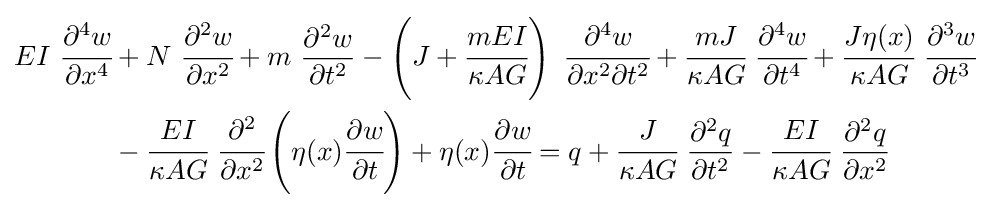
{\begin{aligned}EI~{\cfrac {\partial ^{4}w}{\partial x^{4}}}&+N~{\cfrac {\partial ^{2}w}{\partial x^{2}}}+m~{\frac {\partial ^{2}w}{\partial t^{2}}}-\left(J+{\cfrac {mEI}{\kappa AG}}\right)~{\cfrac {\partial ^{4}w}{\partial x^{2}\partial t^{2}}}+{\cfrac {mJ}{\kappa AG}}~{\cfrac {\partial ^{4}w}{\partial t^{4}}}+{\cfrac {J\eta (x)}{\kappa AG}}~{\cfrac {\partial ^{3}w}{\partial t^{3}}}\\&-{\cfrac {EI}{\kappa AG}}~{\cfrac {\partial ^{2}}{\partial x^{2}}}\left(\eta (x){\cfrac {\partial w}{\partial t}}\right)+\eta (x){\cfrac {\partial w}{\partial t}}=q+{\cfrac {J}{\kappa AG}}~{\frac {\partial ^{2}q}{\partial t^{2}}}-{\cfrac {EI}{\kappa AG}}~{\frac {\partial ^{2}q}{\partial x^{2}}}\end{aligned}}